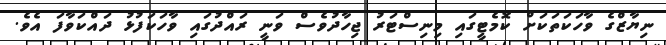
ނިޔާޒްގެ ވާހަކަތަކަށް ކޮމެޓީގައި މިނިސްޓަރު ޖިހާދުވެސް ވަނީ ރައްދުގައި ވާހަކަފުޅު ދައްކަވާފަ އެވެ.